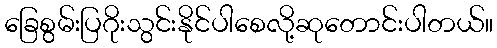
ခြေစွမ်းပြဂိုးသွင်းနိုင်ပါစေလို့ဆုတောင်းပါတယ်။